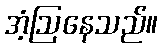
အံ့ဩနေသည်။